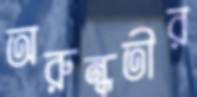
অরুন্ধতীর